Report of the Bombay Veterinary College
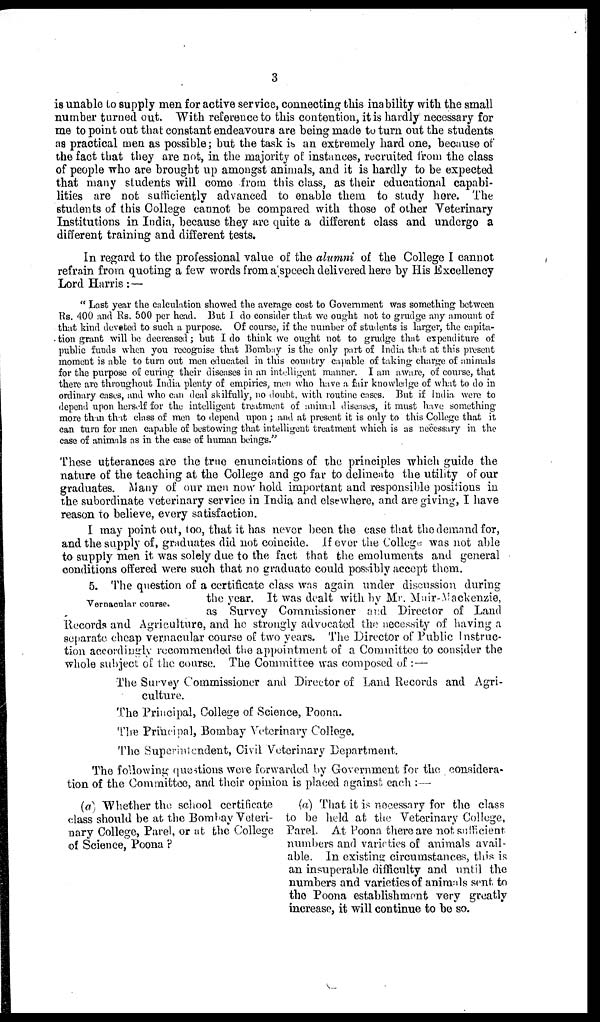
3
is unable to supply men for active service, connecting this inability with the small
number turned out. With reference to this contention, it is hardly necessary for
me to point out that constant endeavours are being made to turn out the students
as practical men as possible; but the task is an extremely hard one, because of
the fact that they are not, in the majority of instances, recruited from the class
of people who are brought up amongst animals, and it is hardly to be expected
that many students will come from this class, as their educational capabi-
lities are not sufficiently advanced to enable them to study here. The
students of this College cannot be compared with those of other Veterinary
Institutions in India, because they are quite a different class and undergo a
different training and different tests.
In regard to the professional value of the alumni of the College I cannot
refrain from quoting a few words from a speech delivered here by His Excellency
Lord Harris:—
" Last year the calculation showed the average cost to Government was something between
Rs. 400 and Rs. 500 per head. But I do consider that we ought not to grudge any amount of
that kind devoted to such a purpose. Of course, if the number of students is larger, the capita-
tion grant will be decreased; but I do think we ought not to grudge that expenditure of
public funds when you recognise that Bombay is the only part of India that at this present
moment is able to turn out men educated in this country capable of taking charge of animals
for the purpose of curing their diseases in an intelligent manner. I am aware, of course, that
there are throughout India plenty of empiries, men who have a fair knowledge of what to do in
ordinary cases, and who can deal skilfully, no doubt, with routine cases. But if India were to
depend upon herself for the intelligent treatment of animal diseases, it must have something
more than that class of men to depend upon ; and at present it is only to this College that it
can turn for men capable of bestowing that intelligent treatment which is as necessary in the
case of animals as in the case of human beings."
These utterances are the true enunciations of the principles which guide the
nature of the teaching at the College and go far to delineate the utility of our
graduates. Many of our men now hold important and responsible positions in
the subordinate veterinary service in India and elsewhere, and are giving, I have
reason to believe, every satisfaction.
I may point out, too, that it has never been the case that the demand for,
and the supply of, graduates did not coincide. If ever the College was not able
to supply men it was solely due to the fact that the emoluments and general
conditions offered were such that no graduate could possibly accept them.
Vernacular course.
5. The question of a certificate class was again under discussion during
the year. It was dealt with by Mr. Muir-Mackenzie,
as Survey Commissioner and Director of Land
Records and Agriculture, and he strongly advocated the necessity of having a
separate cheap vernacular course of two years. The Director of Public Instruc-
tion accordingly recommended the appointment of a Committee to consider the
whole subject of the course. The Committee was composed of :—
The Survey Commissioner and Director of Land Records and Agri-
culture.
The Principal, College of Science, Poona.
The Principal, Bombay Veterinary College.
The Superintendent, Civil Veterinary Department.
The following questions were forwarded by Government for the considera-
tion of the Committee, and their opinion is placed against each :—
(a) Whether the school certificate
class should be at the Bombay Veteri-
nary College, Parel, or at the College
of Science, Poona ?
(a) That it is necessary for the class
to be held at the Veterinary College,
Parel. At Poona there are not sufficient
numbers and varieties of animals avail-
able. In existing circumstances, this is
an insuperable difficulty and until the
numbers and varieties of animals sent to
the Poona establishment very greatly
increase, it will continue to be so.